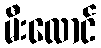
မီးလောင်